Vaccination in the Punjab 1905-1918 - 1905-1918
Year: 1905
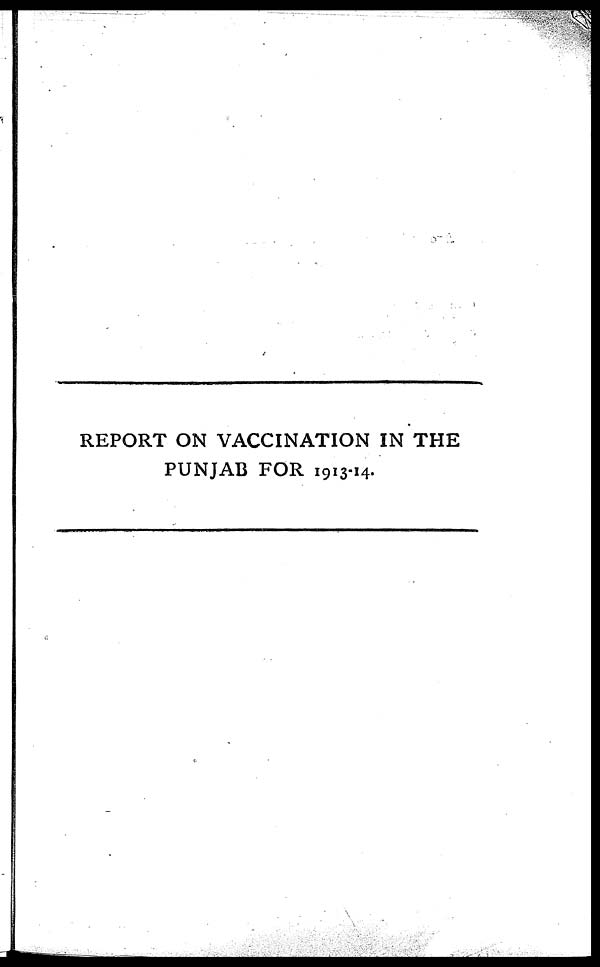
REPORT ON VACCINATION IN THE
PUNJAB FOR 1913-14.